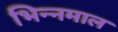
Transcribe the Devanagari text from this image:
भिन्‍नमाल